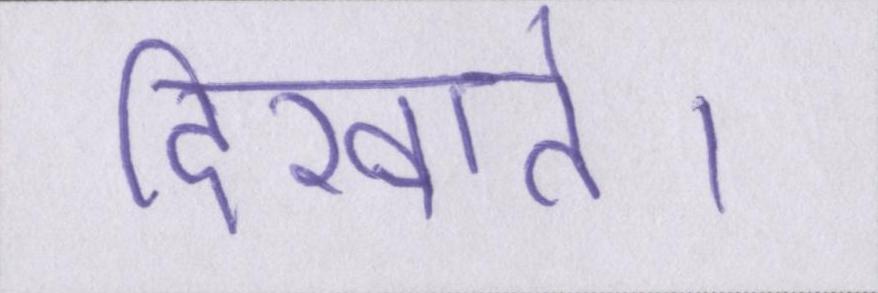
दिखाते।